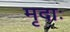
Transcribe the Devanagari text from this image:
मृदाः